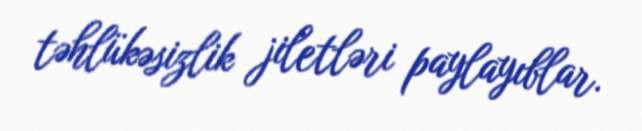
təhlükəsizlik jiletləri paylayıblar.